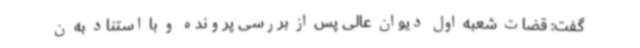
گفت: قضات شعبه اول دیوان عالی پس از بررسی پرونده و با استناد به ن